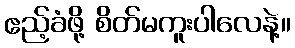
ဧည့်ခံဖို့ စိတ်မကူးပါလေနဲ့။